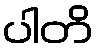
ပါတိ